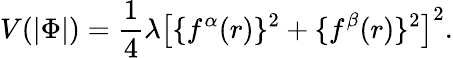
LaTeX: V(|\Phi|)=\frac{1}{4}\lambda\left[\{ f^{\alpha}(r)\} ^{2}+\{ f^{\beta}(r)\} ^{2}\right]^{2}.